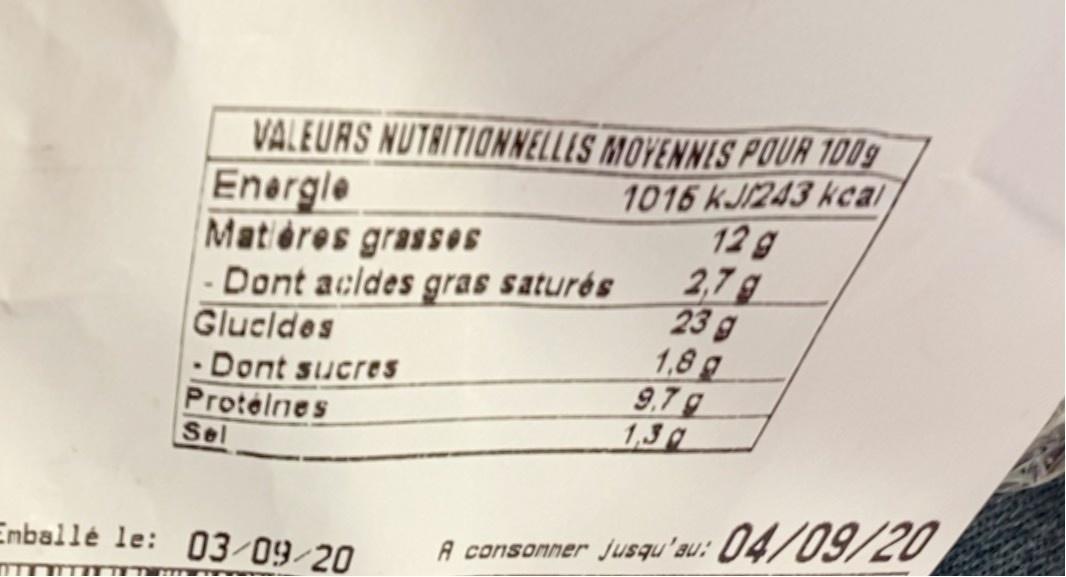
VALEURS NUTRITIONNELLES MOYENNIS POUR 1009
Energle Matieres grassOS - Dont acldes gras saturés Glucldes - Dont sucres Protélnes
1016 kJ/243 kcal 12 g 2,7 g 23 g 1,8 g 9,7 g 1,30
Sel
Enballé le: 03/09/20
A consonner jusqu'au: 04/09/20